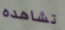
تشاهده